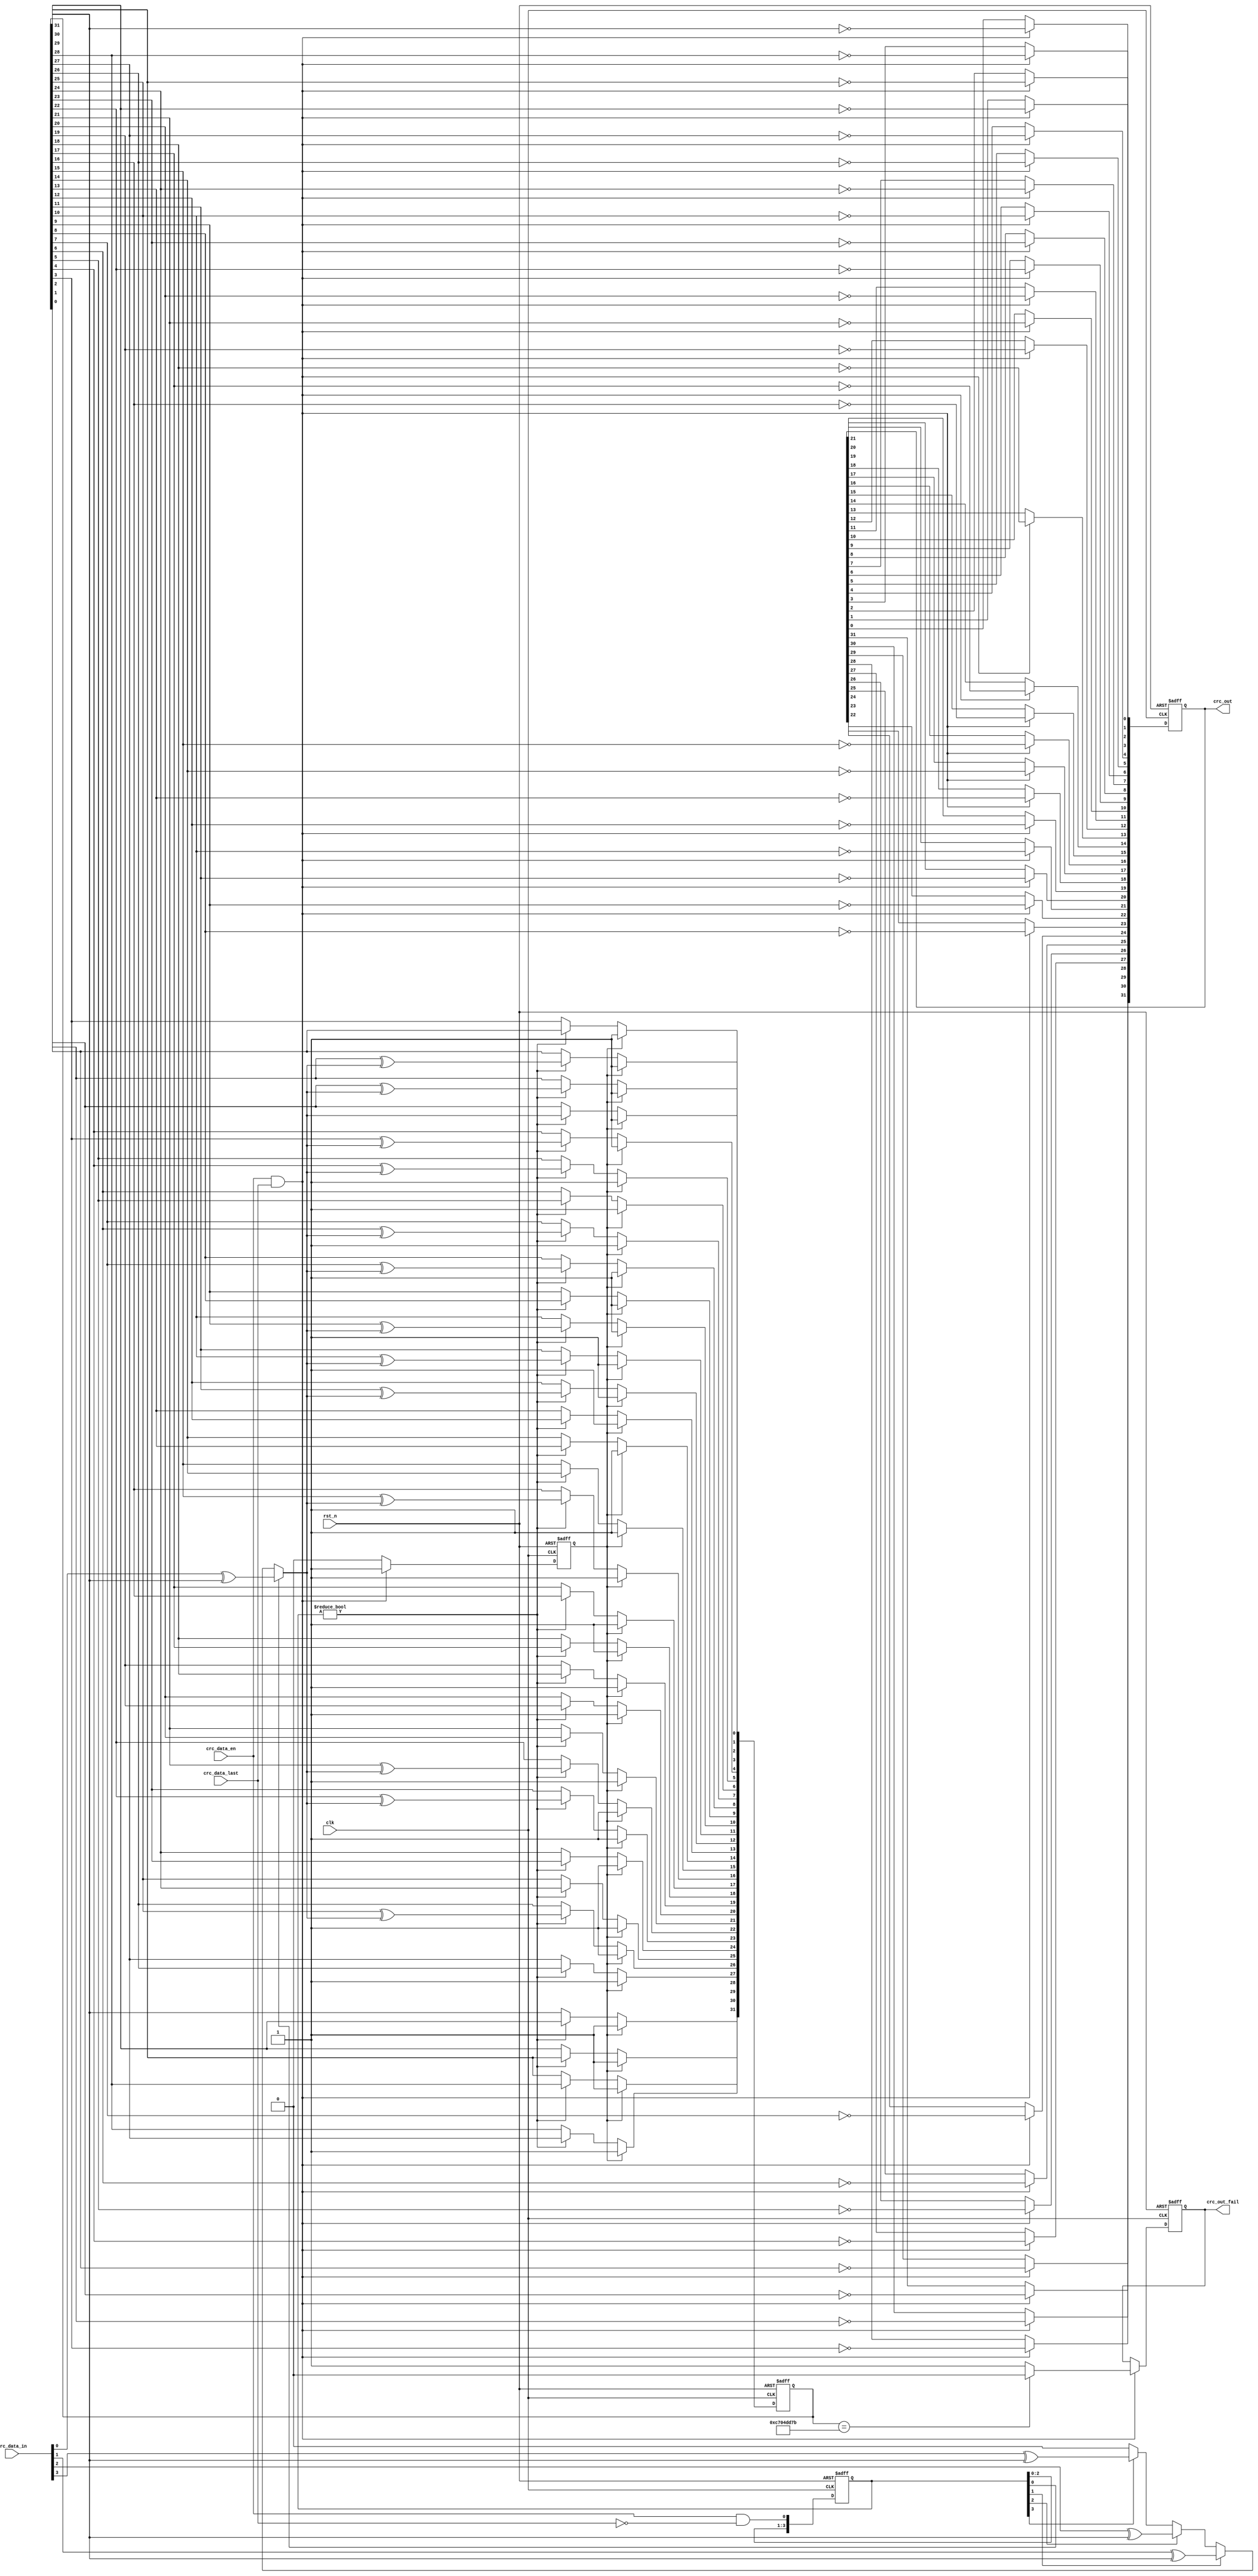
module phy_crc32(
    clk,
    rst_n,

    crc_data_in,
    crc_data_en,
    crc_data_last,

    crc_out_fail,
    crc_out
    );

input     clk;
input     rst_n;

input     [3:0] crc_data_in;        //the 4 bits data for crc calculaiton 
input     crc_data_en;              //the valid flag for crc data
input     crc_data_last;            //the last flag for crc data

output    crc_out_fail;             //the flag for crc fail
output    [31:0] crc_out;           //the crc result output 

integer   i;

reg       crc_out_en;
reg       crc_out_fail;
reg       [31:0] crc_out;



reg       [3:0] crc_data_en_keep;   
reg       [31:0] crc_reg;
wire      crc_bit_in_pre;

assign    crc_bit_in_pre =
                         	crc_data_en_keep[0] ?  (crc_data_in[0] ^ crc_reg[31]) :
                         	crc_data_en_keep[1] ?  (crc_data_in[1] ^ crc_reg[31]) :
                         	crc_data_en_keep[2] ?  (crc_data_in[2] ^ crc_reg[31]) :
                         	crc_data_en_keep[3] ?  (crc_data_in[3] ^ crc_reg[31]) : 1'b0 ;

always @(posedge clk or negedge rst_n) begin
       if(!rst_n) begin
              crc_data_en_keep <= 4'h0;
       end
       else  begin
              crc_data_en_keep <= {crc_data_en_keep[2:0], (crc_data_en && !crc_data_last)};
       end
end

always @(posedge clk or negedge rst_n) begin
       if(!rst_n) begin
              crc_reg <= 32'hffff_ffff;
       end
       else  if(crc_out_en) begin
              crc_reg <= 32'hffff_ffff;
       end
       else  if(crc_data_en_keep != 4'h0) begin
              crc_reg[ 0] <=               crc_bit_in_pre;
              crc_reg[ 1] <= crc_reg[ 0] ^ crc_bit_in_pre;
              crc_reg[ 2] <= crc_reg[ 1] ^ crc_bit_in_pre;
              crc_reg[ 3] <= crc_reg[ 2];
              crc_reg[ 4] <= crc_reg[ 3] ^ crc_bit_in_pre;
              crc_reg[ 5] <= crc_reg[ 4] ^ crc_bit_in_pre;
              crc_reg[ 6] <= crc_reg[ 5];
              crc_reg[ 7] <= crc_reg[ 6] ^ crc_bit_in_pre;
              crc_reg[ 8] <= crc_reg[ 7] ^ crc_bit_in_pre;
              crc_reg[ 9] <= crc_reg[ 8];
              crc_reg[10] <= crc_reg[ 9] ^ crc_bit_in_pre;
              crc_reg[11] <= crc_reg[10] ^ crc_bit_in_pre;
              crc_reg[12] <= crc_reg[11] ^ crc_bit_in_pre;
              crc_reg[13] <= crc_reg[12];
              crc_reg[14] <= crc_reg[13];
              crc_reg[15] <= crc_reg[14];
              crc_reg[16] <= crc_reg[15] ^ crc_bit_in_pre;
              crc_reg[17] <= crc_reg[16];
              crc_reg[18] <= crc_reg[17];
              crc_reg[19] <= crc_reg[18];
              crc_reg[20] <= crc_reg[19];
              crc_reg[21] <= crc_reg[20];
              crc_reg[22] <= crc_reg[21] ^ crc_bit_in_pre;
              crc_reg[23] <= crc_reg[22] ^ crc_bit_in_pre;
              crc_reg[24] <= crc_reg[23];
              crc_reg[25] <= crc_reg[24];
              crc_reg[26] <= crc_reg[25] ^ crc_bit_in_pre;
              crc_reg[27] <= crc_reg[26];
              crc_reg[28] <= crc_reg[27];
              crc_reg[29] <= crc_reg[28];
              crc_reg[30] <= crc_reg[29];
              crc_reg[31] <= crc_reg[30];
       end
end

always @(posedge clk or negedge rst_n) begin
       if(!rst_n) begin
              crc_out_en  <= 1'h0;
              crc_out_fail <= 1'h0;
              crc_out      <= 32'h0;
       end
       else if(crc_data_en && crc_data_last) begin
              crc_out_en <= 1'h1;

          if(crc_reg == 32'hc704_dd7b) begin
              crc_out_fail <= 1'h0;
          end
          else begin
              crc_out_fail <= 1'h1;
          end

          for(i=0;i<32;i=i+1) begin
              crc_out[i]    <= !crc_reg[31-i];
          end
       end
       else begin
              crc_out_en   <= 1'h0;
       end
end

endmodule